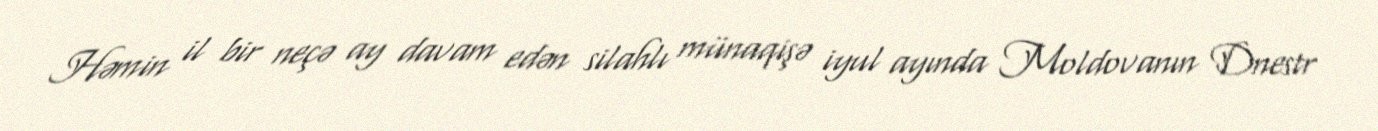
Həmin il bir neçə ay davam edən silahlı münaqişə iyul ayında Moldovanın Dnestr